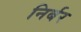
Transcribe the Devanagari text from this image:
निर्बर